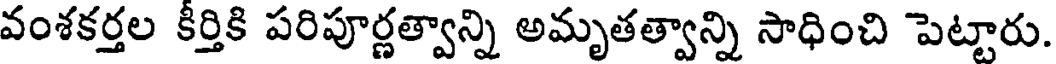
వంశకర్తల కీర్తికి పరిపూర్ణత్వాన్ని అమృతత్వాన్ని సాధించి పెట్టారు